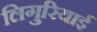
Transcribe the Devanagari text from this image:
लिगुरियाई